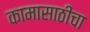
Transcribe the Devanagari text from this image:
कामासाठीचा